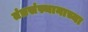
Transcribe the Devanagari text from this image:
तंत्रसंस्थानाच्या